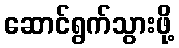
ဆောင်ရွက်သွားဖို့